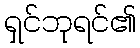
ရှင်ဘုရင်၏